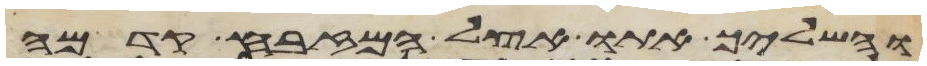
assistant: והשליך אתו אצל המזבח קדמה